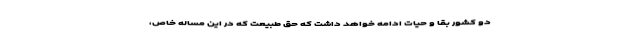
دو کشور بقا و حیات ادامه خواهد داشت که حق طبیعت که در این مساله خاص،